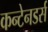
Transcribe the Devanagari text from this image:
कन्टेनडर्स